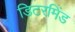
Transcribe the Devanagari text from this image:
डिटरमिंड